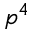
p ^ { 4 }